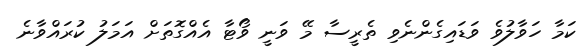
ކަމާ ހަވާލުވެ ވަޑައިގެންނެވި ތެރީސާ މޭ ވަނީ ވޯޓާ އެއްގޮތަށް އަމަލު ކުރައްވާނެ